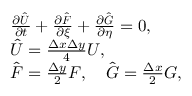
\begin{array} { r l } & { \frac { \partial \hat { \boldsymbol { U } } } { \partial t } + \frac { \partial \hat { \boldsymbol { F } } } { \partial \xi } + \frac { \partial \hat { \boldsymbol { G } } } { \partial \eta } = 0 , } \\ & { \hat { \boldsymbol { U } } = \frac { \Delta x \Delta y } { 4 } \boldsymbol { U } , } \\ & { \hat { \boldsymbol { F } } = \frac { \Delta y } { 2 } \boldsymbol { F } , \quad \hat { \boldsymbol { G } } = \frac { \Delta x } { 2 } \boldsymbol { G } , } \end{array}